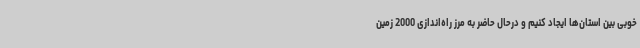
خوبی بین استان‌ها ایجاد کنیم و درحال حاضر به مرز راه‌اندازی 2000 زمین